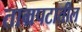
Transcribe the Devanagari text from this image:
ताम्रपटातील